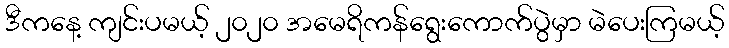
ဒီကနေ့ ကျင်းပမယ့် ၂၀၂၀ အမေရိကန်ရွေးကောက်ပွဲမှာ မဲပေးကြမယ့်